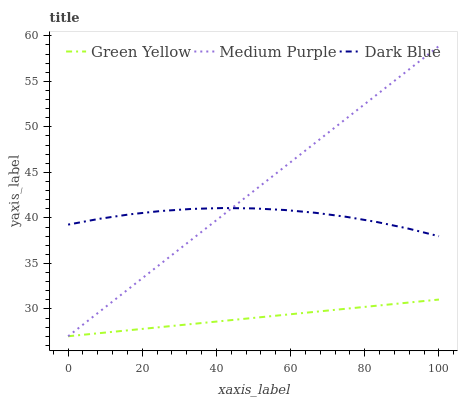
| xaxis_label | Green Yellow | Medium Purple | Dark Blue |
 | --- | --- | --- | --- |
 | 0 | 27 | 27 | 39.3 |
 | 8.33 | 27.3 | 29.7 | 39.9 |
 | 16.7 | 27.7 | 32.3 | 40.4 |
 | 25 | 28 | 35 | 40.8 |
 | 33.3 | 28.3 | 37.6 | 41 |
 | 41.7 | 28.7 | 40.3 | 41.1 |
 | 50 | 29 | 42.9 | 41 |
 | 58.3 | 29.4 | 45.6 | 40.9 |
 | 66.7 | 29.7 | 48.3 | 40.6 |
 | 75 | 30 | 50.9 | 40.1 |
 | 83.3 | 30.4 | 53.6 | 39.5 |
 | 91.7 | 30.7 | 56.2 | 38.8 |
 | 100 | 31 | 58.9 | 38 |